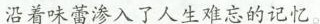
沿着味蕾渗入了人生难忘的记忆。